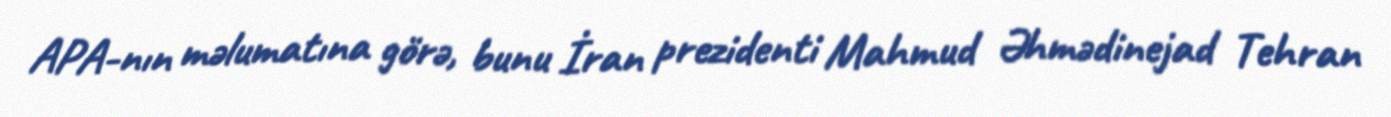
APA-nın məlumatına görə, bunu İran prezidenti Mahmud Əhmədinejad Tehran